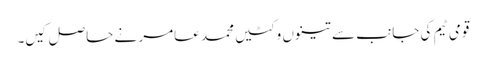
قومی ٹیم کی جانب سے تینوں وکٹیں محمد عامر نے حاصل کیں۔